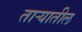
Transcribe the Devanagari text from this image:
ताऱ्यातील